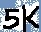
Text: 5K